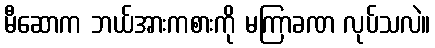
မီဆောက ဘယ်အားကစားကို မကြာခဏ လုပ်သလဲ။